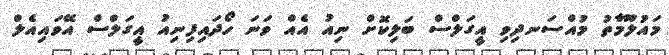
މައުލޫމާތު މުއްސަނދިވި އީގަލްސް ބަލިކޮށް ނިއު އެއް ވަނަ ހޯދައިފިނިއު އީގަލްސް އޭވައިއެލް